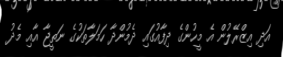
އަދި އިޒްރޭލުން އެ މީހުންގެ ދިފާއުގައި ދެމުންދާ ހަމަލާތަކުގެ ނަތީޖާ އާއި މެދު